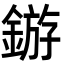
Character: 𬫲